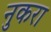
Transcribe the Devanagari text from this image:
नुकरा